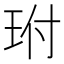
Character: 𤤕